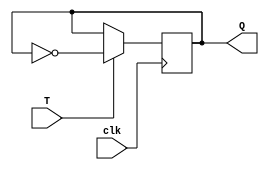
module t_ff (
    input wire T,
    input wire clk,
    output reg Q
);

always @(posedge clk) begin
    if(T) begin
        Q <= ~Q; // toggle Q
    end
end

endmodule